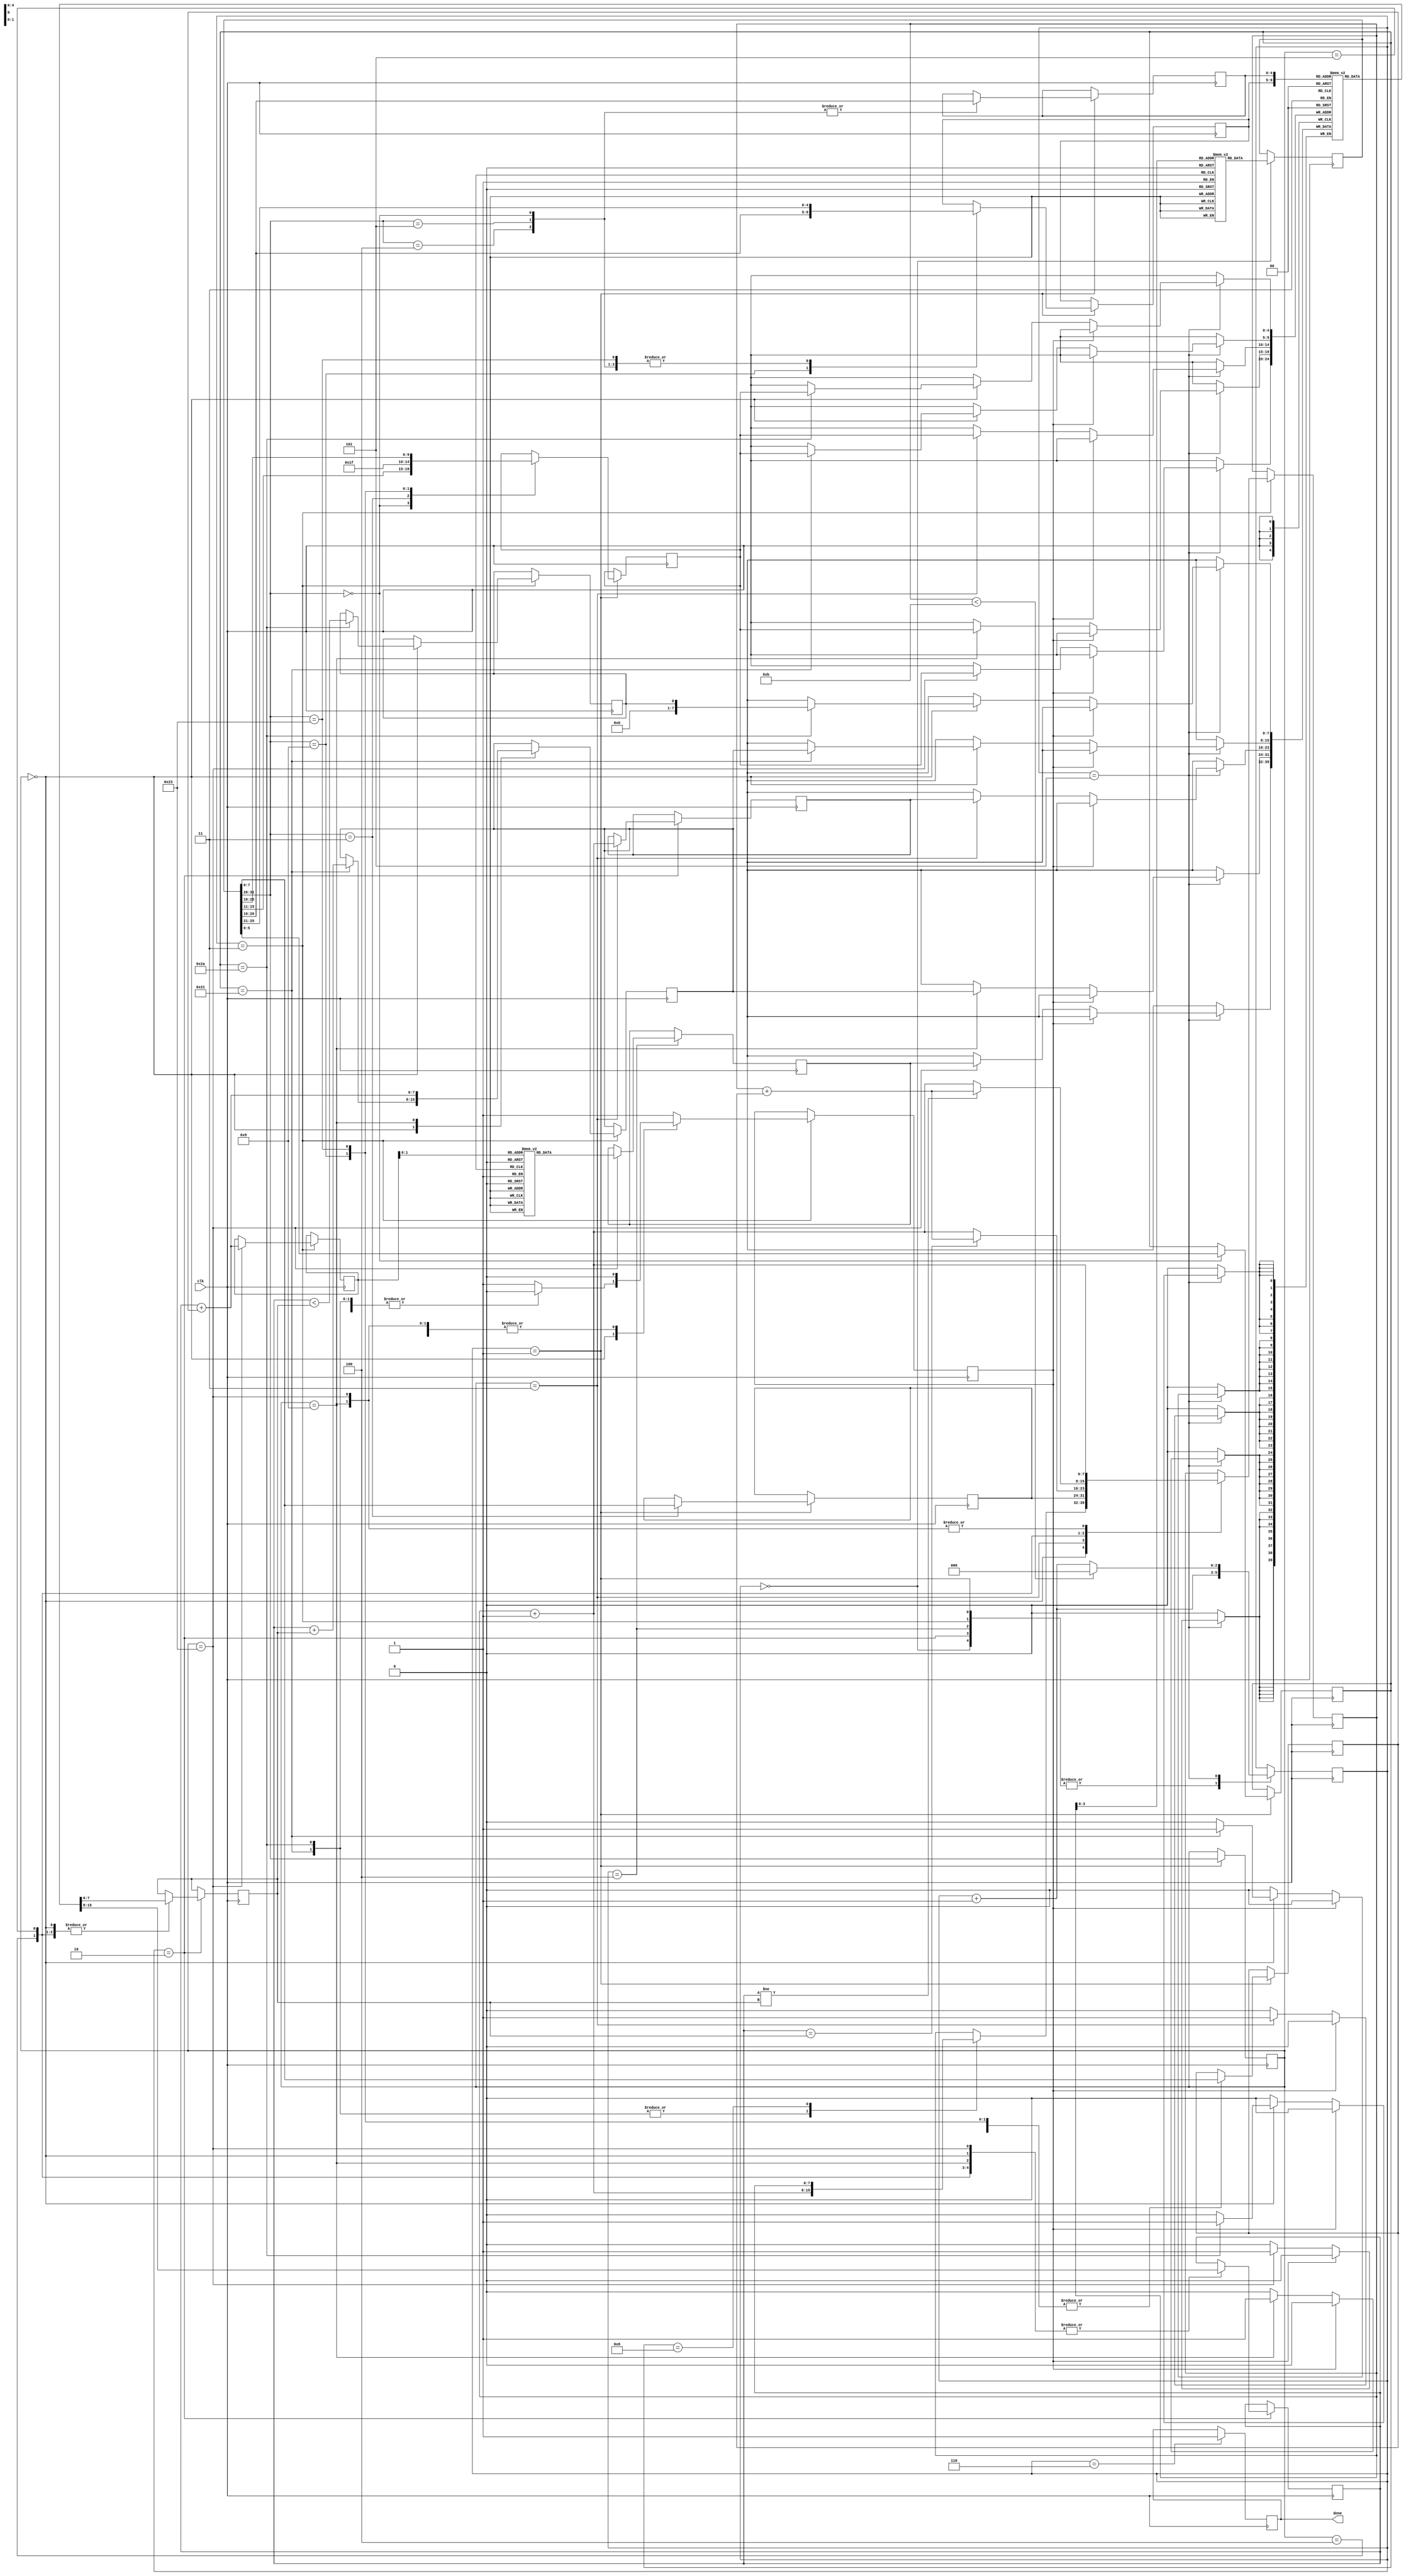
`define OUTPUT_REG 4
`define MAX_PC 11

module main(clk, done);
    input clk;

    output done;
    reg done;

    reg signed [7:0]register[0:31];
    reg signed [7:0]data_memory[2:0];

    reg [31:0]instr[10:0];
    reg [31:0]curr_instr;
    reg [7:0]i;
    reg [2:0]state;
    reg [7:0]immediate;
    reg [7:0]jump_addr;

	reg [5:0]opcode;
    reg [5:0]func;

    reg [4:0]srcreg1;
	reg [4:0]srcreg2;
	reg [4:0]destreg;
    reg [4:0]shift;

    reg INVALID;

    reg [7:0]src_data1;
    reg [7:0]src_data2;

    reg slt_result;
    reg [7:0]temp_add;
    reg [7:0]nxt_addr;
    reg [7:0]lw_addr;
    reg [7:0]lw_data;

    initial begin
		INVALID <= 0;
        i <= 0;
        state <= 0;
		register[0] <= 0;
		register[1] <= 0;
		register[2] <= 0;
		register[3] <= 0;
		register[4] <= 0;
		register[5] <= 0;
		register[6] <= 0;
		register[7] <= 0;
		register[8] <= 0;
		register[9] <= 0;
		register[10] <= 0;
		register[11] <= 0;
		register[12] <= 0;
		register[13] <= 0;
		register[14] <= 0;
		register[15] <= 0;
		register[16] <= 0;
		register[17] <= 0;
		register[18] <= 0;
		register[19] <= 0;
		register[20] <= 0;
		register[21] <= 0;
		register[22] <= 0;
		register[23] <= 0;
		register[24] <= 0;
		register[25] <= 0;
		register[26] <= 0;
		register[27] <= 0;
		register[28] <= 0;
		register[29] <= 0;
		register[30] <= 0;
		register[31] <= 0;

        data_memory[0] <= -20;
        data_memory[1] <= 10;
        data_memory[2] <= 2;
        
        //lw $1, 0($0) // opcode: 0x23
        instr[0] <= {6'h23, 5'd0, 5'd1, 16'd0};
		
		// lw $2, 1($0)
    	instr[1] <= {6'h23, 5'd0, 5'd2, 16'd1};

		// lw $3, 2($0)
		instr[2] <= {6'h23, 5'd0, 5'd3, 16'd2};

		// addiu $4, $0, 0 // opcode: 0x9
		instr[3] <= {6'h9, 5'd4, 5'd0, 16'd0};

		// addiu $5, $1, 0
		instr[4] <= {6'h9, 5'd5, 5'd1, 16'd0};

		// slt $6, $5, $2 // opcode: 0x0, func: 0x2a
		instr[5] <= {6'h0, 5'd5, 5'd2, 5'd6, 5'd0, 6'h2a};

		// beq $6, $0, exit // opcode: 0x4, encode exit as 5
		instr[6] <= {6'h4, 5'd6, 5'd0, 16'd5};

        // addu $4, $4, $5 // opcode: 0x0, func: 0x21
        instr[7] <= {6'h0, 5'd4, 5'd5, 5'd4, 5'd0, 6'h21};

        // addu $5, $5, $3
		instr[8] <= {6'h0, 5'd5, 5'd3, 5'd5, 5'd0, 6'h21};
		
		// slt $6, $5, $2
    	instr[9] <= {6'h0, 5'd5, 5'd2, 5'd6, 5'd0, 6'h2a};

		// bne $6, $0, loop // opcode: 0x5, encode loop as -3
		instr[10] <= {6'h5, 5'd6, 5'd0, -16'd3};

    end

    always @(posedge clk) begin
        case (state)
            0 : begin
                curr_instr <= instr[i];
                state <= state + 1;
            end
            1 : begin
                opcode <= curr_instr[31:26];
                case (curr_instr[31:26])
                    6'h0 : begin
                        srcreg1 <= curr_instr[25:21];
                        srcreg2 <= curr_instr[20:16];
                        destreg <= curr_instr[15:11];
                        shift <= curr_instr[10:6];
                        func <= curr_instr[5:0];
                    end
                    6'h3 : begin
                        jump_addr = curr_instr[7:0];
                        destreg <= 31;
                    end
                    6'h4 : begin
                        srcreg1 <= curr_instr[25:21];
                        srcreg2 <= curr_instr[20:16];
                        immediate <= curr_instr[7:0];
                    end
                    6'h5 : begin
                        srcreg1 <= curr_instr[25:21];
                        srcreg2 <= curr_instr[20:16];
                        immediate <= curr_instr[7:0];
                    end
                    6'h9 : begin
                        destreg <= curr_instr[25:21];
                        srcreg1 <= curr_instr[20:16];
                        immediate <= curr_instr[7:0];
                    end
                    6'h23: begin
                        srcreg1 <= curr_instr[25:21];
                        destreg <= curr_instr[20:16];
                        immediate <= curr_instr[7:0];
                    end
                endcase
                state <= state + 1;
            end
            2 : begin
                case (opcode)
                    6'h0 : begin
                        src_data1 <= register[srcreg1];
                        src_data2 <= register[srcreg2];
                    end
                    6'h3 : nxt_addr <= i + 1;
                    6'h4 : begin
                        src_data1 <= register[srcreg1];
                        src_data2 <= register[srcreg2];
                    end
                    6'h5 : begin
                        src_data1 <= register[srcreg1];
                        src_data2 <= register[srcreg2];
                    end
                    6'h9 : begin
                        src_data1 <= register[srcreg1];
                    end
                    6'h23: begin
                        src_data1 <= register[srcreg1];
                    end
                endcase
                state <= state + 1;
            end
            3 : begin
                INVALID = 0;
                case (opcode)
                    6'h0 : begin
                        case (func)
                            6'h2a : begin
                                slt_result <= ($signed(src_data1) < $signed(src_data2));
                                i <= i + 1;
                            end
                            6'h21 : begin
                                temp_add <= src_data1 + src_data2;
                                i <= i + 1;
                            end
                            6'h8  : i <= src_data1;
                            default : INVALID <= 1;
                        endcase
                    end
                    6'h3 : begin
                        i <= jump_addr;
                    end
                    6'h4 : begin
                        if(src_data1 == src_data2) i <= i + immediate;
                        else i <= i + 1;
                    end 
                    6'h5 : begin
                        if(src_data1 != src_data2) i <= i + immediate;
                        else i <= i + 1;
                    end
                    6'h9 : begin
                        temp_add <= src_data1 + immediate;
                        i <= i + 1;
                    end
                    6'h23: begin
                        lw_addr <= immediate + src_data1;
                        i <= i + 1;
                    end
                    default : INVALID <= 1;
                endcase
                state <= state + 1;
            end
            4 : begin
                if(opcode == 6'h23)begin
                    lw_data <= data_memory[lw_addr];
                end
                state <= state + 1; 
            end
            5 : begin
                if(INVALID != 1)begin
                    case (opcode)
                        6'h0 : begin
                            case (func)
                                6'h2a : register[destreg] <= slt_result;
                                6'h21 : register[destreg] <= temp_add;
                            endcase
                        end
                        6'h3 : begin
                            register[destreg] <= nxt_addr;
                        end
                        6'h9 : begin
                            register[destreg] <= temp_add;
                        end
                        6'h23: begin
                            register[destreg] <= lw_data;
                        end
                    endcase
                end
                if(i < `MAX_PC) state <= 0;
                else state <= state + 1;

            end
            6 : begin
                $display("time : %d, Output : %d", $time, register[`OUTPUT_REG]);
                done <= 1;
            end
        endcase
    end

endmodule